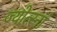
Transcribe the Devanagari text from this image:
ज्योत्स्नां